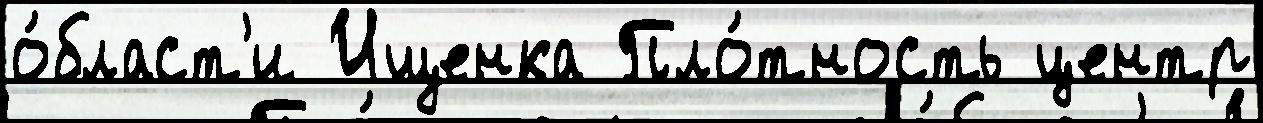
о́бласт'и Ищенка Пло́тность центр